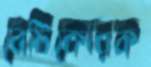
বেটিকোরক